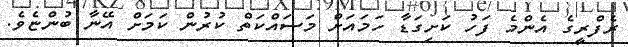
ރެފްރީގެ އެންމެ ފަހު ކަށިގަޑާ ހަމައަށް މަސައްކަތް ކުރުން ކަމަށް އޭނާ ބުންޏެވެ.